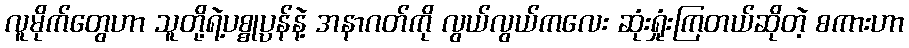
လူမိုက်တွေဟာ သူတို့ရဲ့ပစ္စုပ္ပန်နဲ့ အနာဂတ်ကို လွယ်လွယ်ကလေး ဆုံးရှုံးကြတယ်ဆိုတဲ့ စကားဟာ